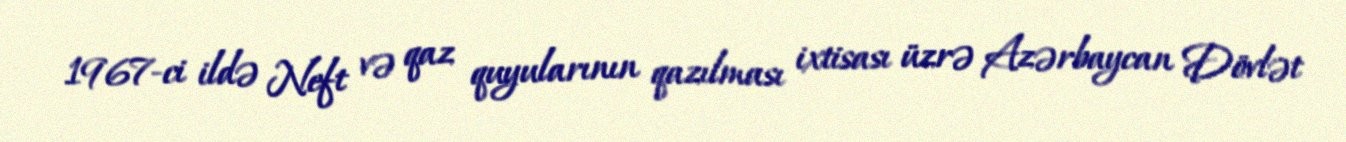
1967-ci ildə Neft və qaz quyularının qazılması ixtisası üzrə Azərbaycan Dövlət